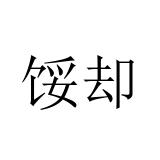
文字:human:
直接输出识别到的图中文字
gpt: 馁却